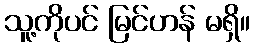
သူ့ကိုပင် မြင်ဟန် မရှိ။